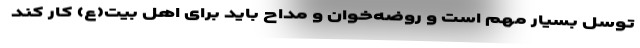
توسل بسیار مهم است و روضه‌خوان و مداح باید برای اهل بیت(ع) کار کند